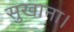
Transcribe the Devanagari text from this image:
सुखाना।